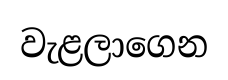
වැළලාගෙන